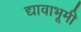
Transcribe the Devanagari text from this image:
द्यावाभूमी